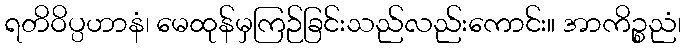
ရတိဝိပ္ပဟာနံ၊ မေထုန်မှကြဉ်ခြင်းသည်လည်းကောင်း။ အာကိဉ္စညံ၊